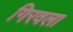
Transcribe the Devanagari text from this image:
गिरवला